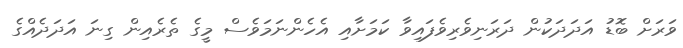
ވަރަށް ބޮޑު އަދަދަކުން ދަރަނިވެރިވެފައިވާ ކަމަށާއި އެހެންނަމަވެސް މީގެ ތެރެއިން ގިނަ އަދަދެއްގެ